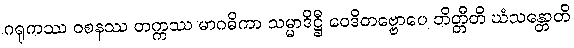
ဂရုကဿ ဝစနဿ တက္ကဿ မာဂဓိကာ သမ္မာဒိဋ္ဌီ ဝေဒိတဗ္ဗောပေ ဘိတ္တီတိ ဃံသန္တောတိ